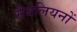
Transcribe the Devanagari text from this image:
सैबेलियनों